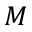
M